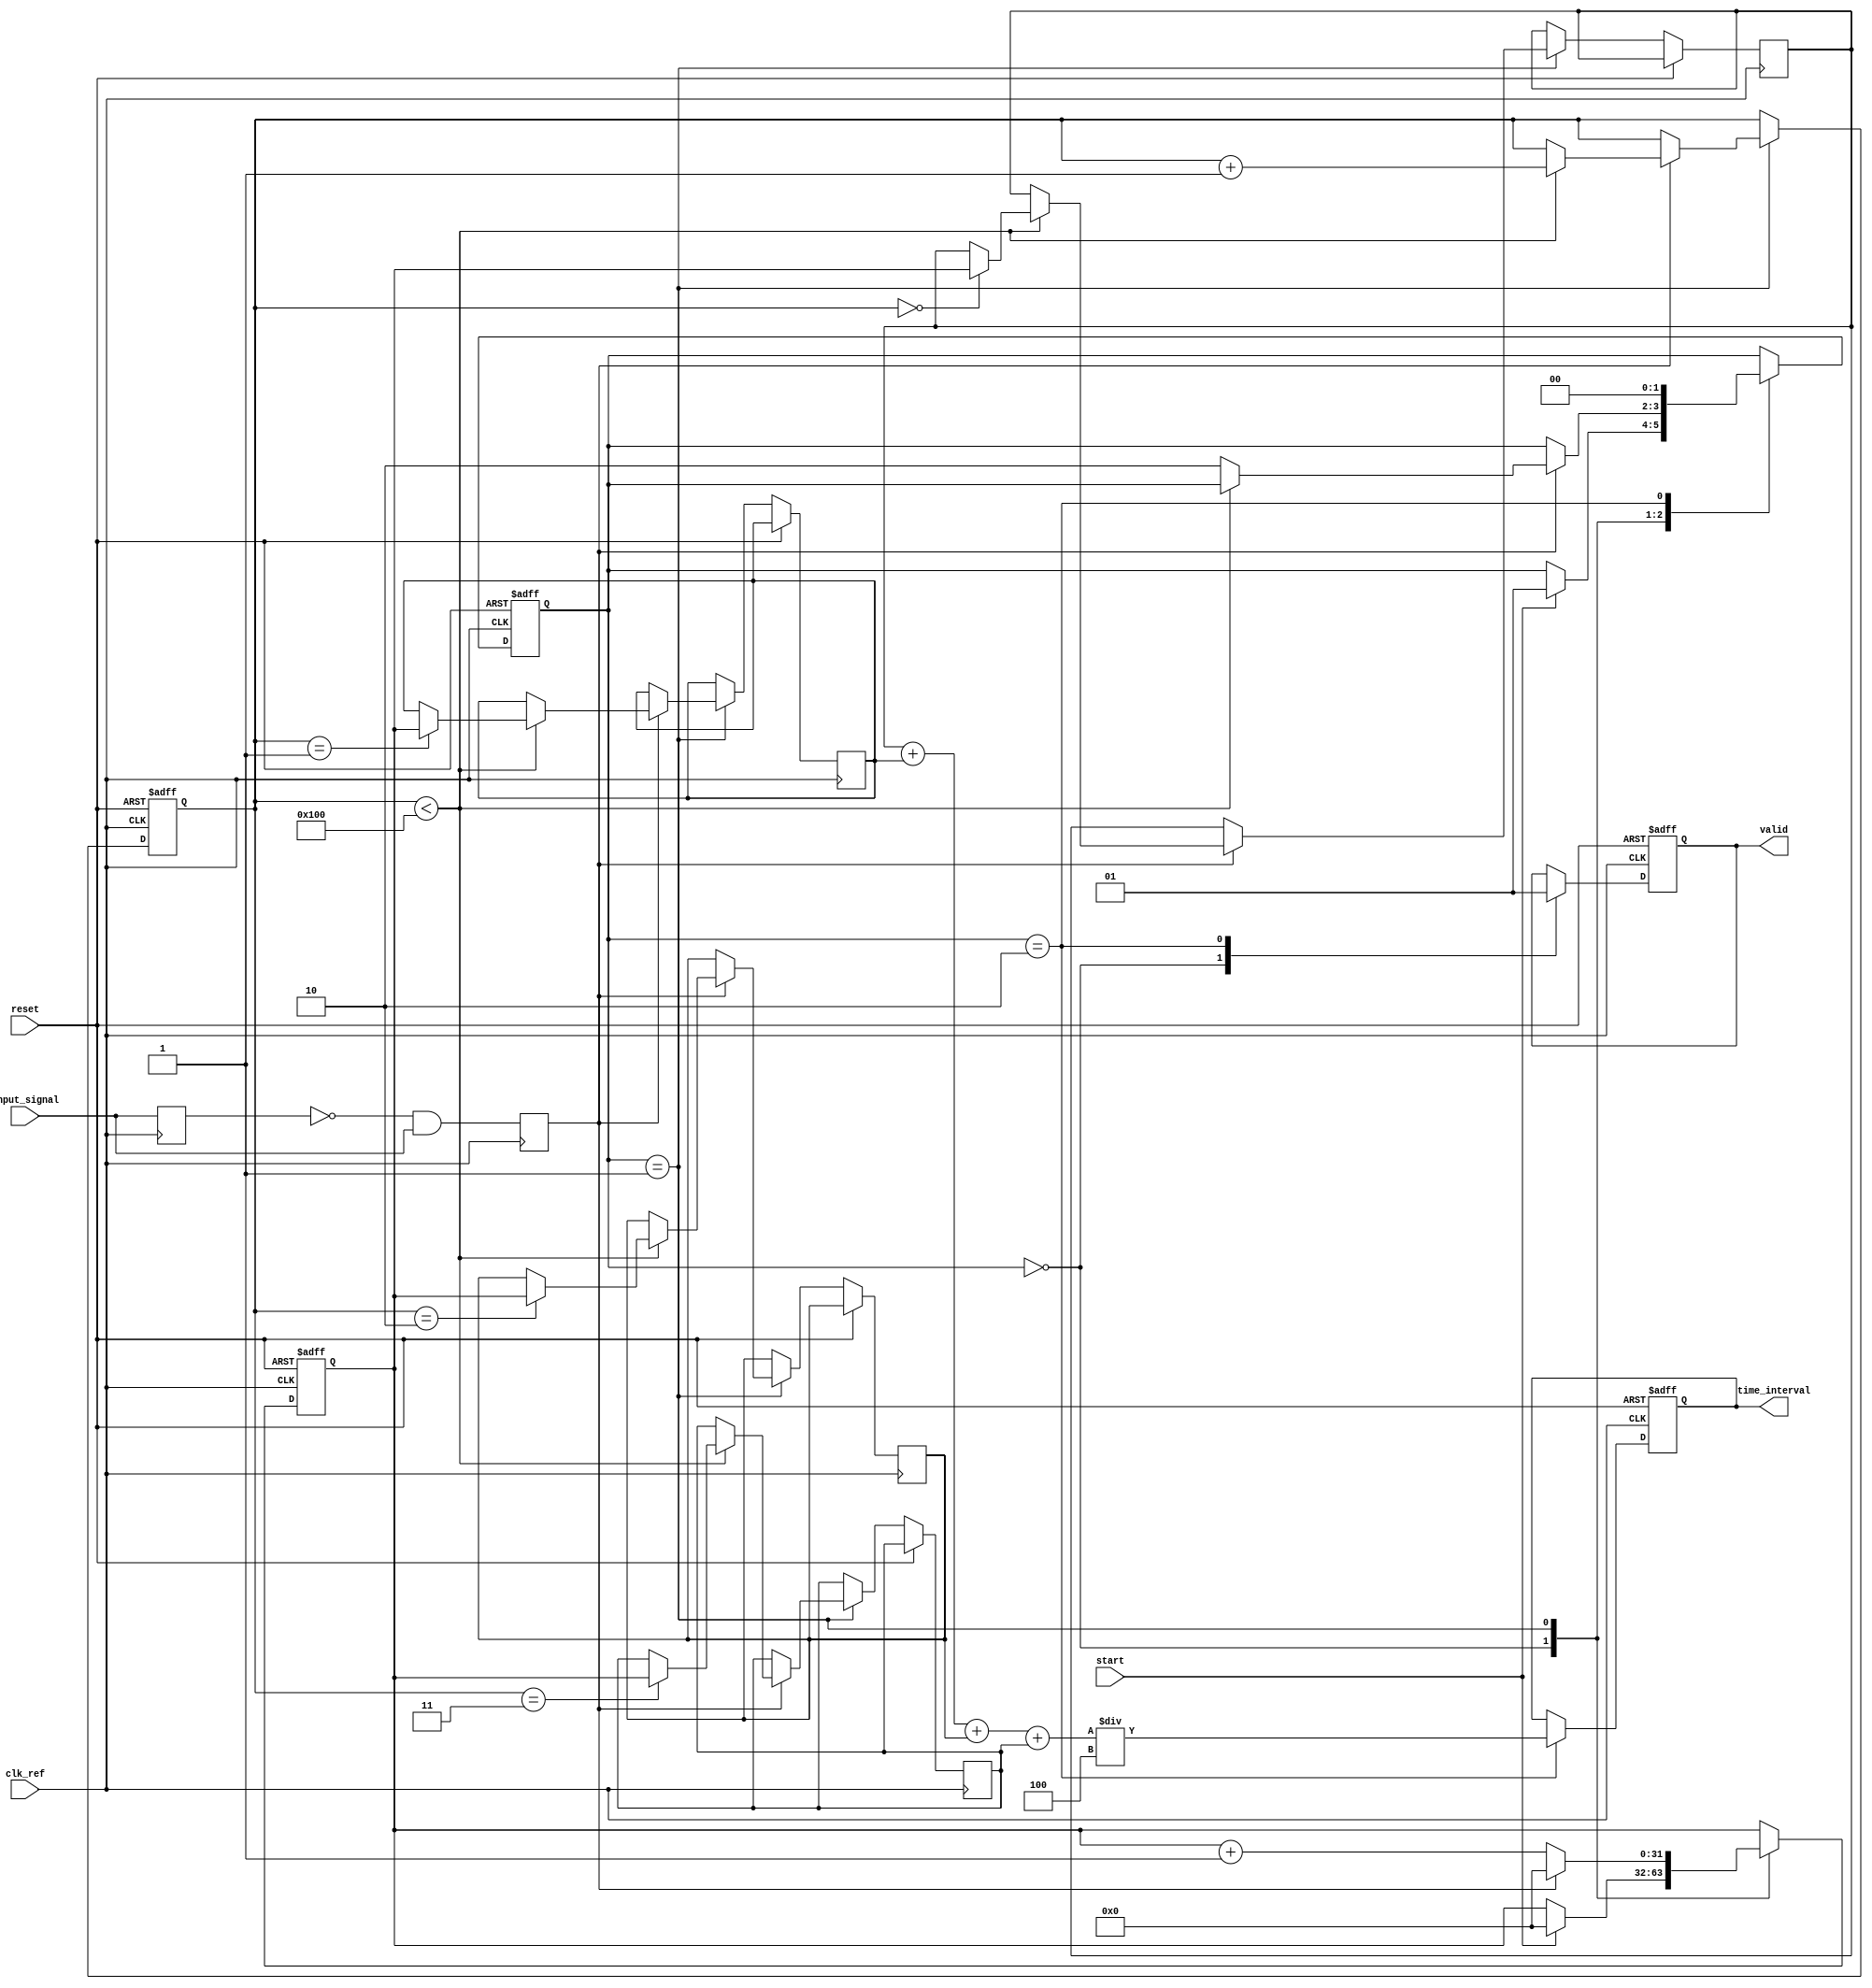
module TDC (
    input wire clk_ref,         // Reference clock
    input wire input_signal,    // Input signal (fast clock/pulse)
    input wire reset,           // Reset signal
    input wire start,           // Start the measurement
    output reg [31:0] time_interval, // Measured time interval output
    output reg valid            // Valid output flag
);

    // Parameters
    parameter MEMORY_SIZE = 256; // Number of memory blocks for storing counts
    parameter INTERPOLATION_POINTS = 4; // Number of interpolation points
    reg [31:0] mem_block[MEMORY_SIZE-1:0]; // Memory blocks
    reg [7:0] memory_index; // Current memory block index
    reg [31:0] count; // Count of reference clock cycles
    reg sample; // Sample signal for edge detection
    reg [1:0] state; // State for FSM
    localparam IDLE = 2'b00, CAPTURE = 2'b01, STORE = 2'b10;

    // Edge detection logic for input_signal
    reg input_signal_prev;
    always @(posedge clk_ref) begin
        input_signal_prev <= input_signal;
        sample <= !input_signal_prev && input_signal; // Rising edge detection
    end

    // State Machine
    always @(posedge clk_ref or posedge reset) begin
        if (reset) begin
            // Reset state
            state <= IDLE;
            count <= 0;
            memory_index <= 0;
            valid <= 0;
            time_interval <= 0;
        end else begin
            case (state)
                IDLE: begin
                    valid <= 0; // No valid output in idle state
                    if (start) begin
                        state <= CAPTURE; // Move to capture state on start signal
                        count <= 0; // Reset count
                    end
                end
                CAPTURE: begin
                    if (sample) begin
                        // Capture the count and store it in the memory block
                        if (memory_index < MEMORY_SIZE) begin
                            mem_block[memory_index] <= count;
                            memory_index <= memory_index + 1;
                        end else begin
                            state <= STORE; // Move to store state after filling memory
                        end
                        count <= 0; // Reset count for next measurement
                    end else begin
                        count <= count + 1; // Increment count on each reference clock cycle
                    end
                end
                STORE: begin
                    // Calculate time interval based on stored values
                    // Example interpolation algorithm can be implemented here
                    time_interval <= (mem_block[0] + mem_block[1] + mem_block[2] + mem_block[3]) / INTERPOLATION_POINTS; // Simple average
                    valid <= 1; // Indicate that the output is valid
                    state <= IDLE; // Return to idle state
                end
            endcase
        end
    end

endmodule